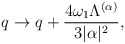
\begin{align*}q\rightarrow q+{4\omega_{1}\Lambda^{(\alpha)}\over{3|\alpha|^{2}}},\end{align*}